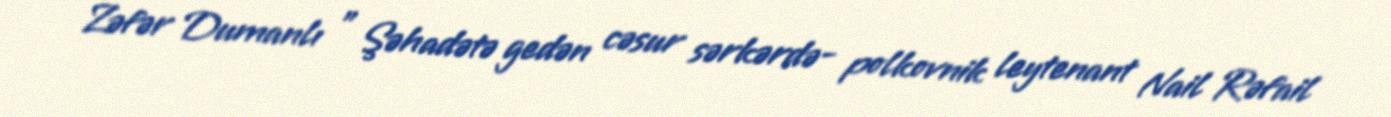
Zəfər Dumanlı " Şəhadətə gedən cəsur sərkərdə- polkovnik leytenant Nail Rəfail